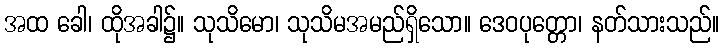
အထ ခေါ၊ ထိုအခါ၌။ သုသိမော၊ သုသိမအမည်ရှိသော။ ဒေဝပုတ္တော၊ နတ်သားသည်။